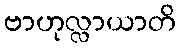
ဗာဟုလ္လာယာတိ